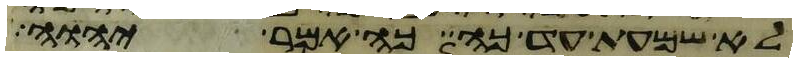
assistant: לא שמעת עד כה כה אמר יהוה